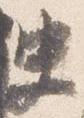
史